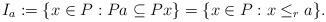
LaTeX: \begin{align*}I_a := \{x\in P: Pa\subseteq Px\} = \{x\in P: x\leq_r a\}.\end{align*}